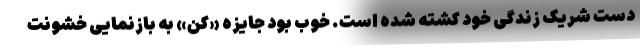
دست شریک زندگی خود کشته شده‌ است. خوب بود جایزه «کن» به بازنمایی خشونت